Papers set at the Examination for Leaving Certificates, 1891
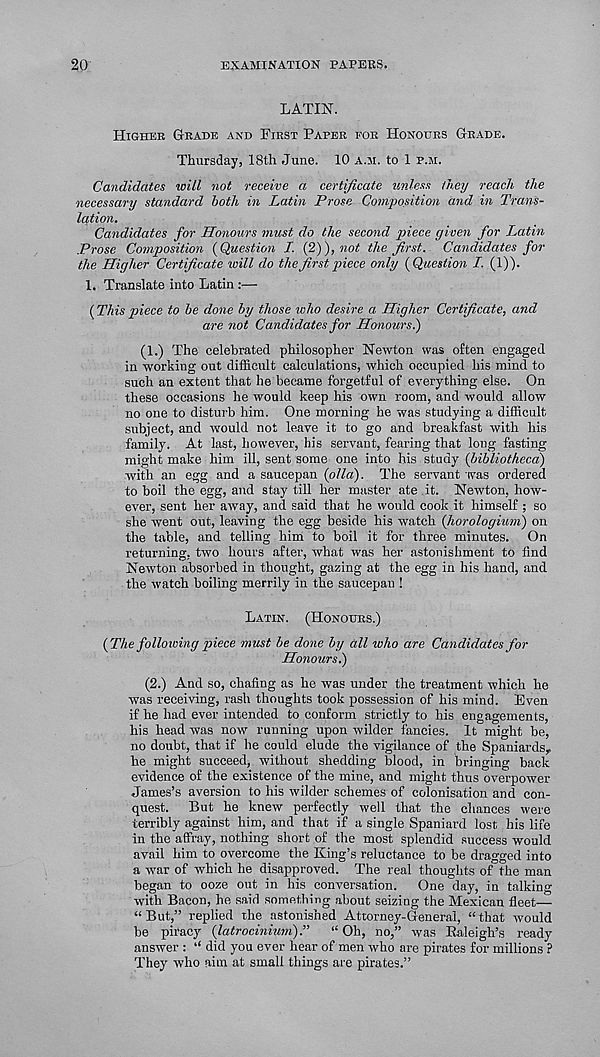
20
EXAMINATION PAPERS.
LATIN.
HIGHER GRADE AND FIRST PAPER FOR HONOURS GRADE.
Thursday, 18th June. 10 A.M. to 1 P.M.
Candidates will not receive a certificate unless they reach the
necessary standard both in Latin Prose Composition and in Trans-
lation.
Candidates for Honours must do the second piece given for Latin
Prose Composition {Question I. (2)), not the first. Candidates for
the Higher Certificate icill do the first piece only {Question /. (1)).
1. Translate into Latin :—
(This piece to be done by those who desire a Higher Certificate, and
are not Candidates for Honours.)
(1.) The celebrated philosopher Newton was often engaged
in working out difficult calculations, which occupied his mind to
such an extent that he became forgetful of everything else. On
these occasions he would keep his own room, and would allow
no one to disturb him. One morning he was studying a difficult
subject, and would not leave it to go and breakfast with his
family. At last, however, his servant, fearing that long fasting
might make him ill, sent some one into his study (bibliotheca)
with an egg and a saucepan {olla). The servant was ordered
to boil the egg, and stay till her master ate it. Newton, how-
ever, sent her away, and said that he would cook it himself ; so
she went out, leaving the egg beside his watch {horologium) on
the table, and telling him to boil it for three minutes. On
returning, two hours after, what was her astonishment to find
Newton absorbed in thought, gazing at the egg in his hand, and
the watch boiling merrily in the saucepan 1
LATIN.
(HONOURS.)
{The following piece must be done by all who are Candidates for
Honours.)
(2.) And so, chafing as he was under the treatment which he
was receiving, rash thoughts took possession of his mind. Even
if he had ever intended to conform strictly to his engagements,
his head was now running upon wilder fancies. It might be,
no doubt, that if he could elude the vigilance of the Spaniards^
he might succeed, without shedding blood, in bringing back
evidence of the existence of the mine, and might thus overpower
James’s aversion to his wilder schemes of colonisation and con-
quest.
But he knew perfectly well that the chances were
terribly against him, and that if a single Spaniard lost his life
in the affray, nothing short of the most splendid success would
avail him to overcome the King’s reluctance to be dragged into
a war of which he disapproved. The real thoughts of the man
began to ooze out in his conversation.
One day, in talking
with Bacon, he said something about seizing the Mexican fleet—
“But,” replied the astonished Attorney-General, “that would
be piracy {latrocinium)“ Oh, no,” was Kaleigh’s ready
answer : “ did you ever hear of men who are pirates for millions ?
They who aim at small things are pirates.”